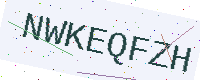
Text: NWKEQFZH